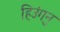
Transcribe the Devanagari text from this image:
हिउंगनु